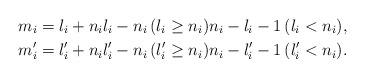
LaTeX: \begin{align*}&m_i = l_i + n_i l_i - n_i\, (l_i \geq n_i) n_i - l_i - 1 \,(l_i < n_i), \\&m'_i = l'_i + n_i l'_i - n_i \,(l'_i \geq n_i) n_i - l'_i - 1 \,(l'_i < n_i).\end{align*}